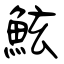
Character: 鮌